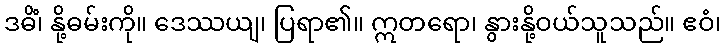
ဒဓိံ၊ နို့ဓမ်းကို။ ဒေဿယျ၊ ပြရာ၏။ ဣတရော၊ နွားနို့ဝယ်သူသည်။ ဧဝံ၊